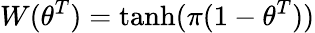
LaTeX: W(\theta^{T})=\operatorname{tanh}(\pi(1-\theta^{T}))